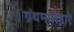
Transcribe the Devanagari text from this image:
ग्रंथमालेद्वारे